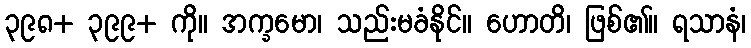
၃၉၈+ ၃၉၉+ ကို။ အက္ခမော၊ သည်းမခံနိုင်။ ဟောတိ၊ ဖြစ်၏။ ရသာနံ၊